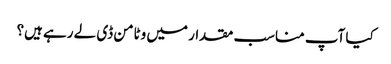
کیا آپ مناسب مقدار میں وٹامن ڈی لے رہے ہیں؟